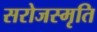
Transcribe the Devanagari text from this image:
सरोजस्मृति